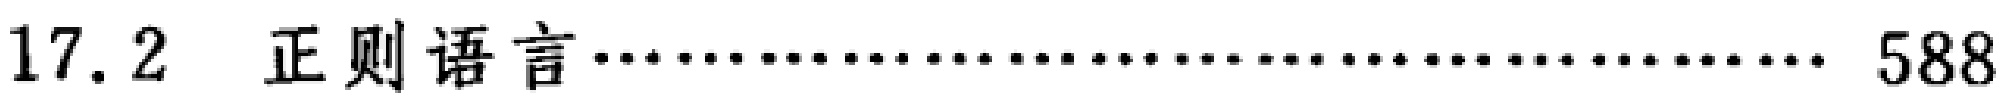
$\triangle ACB$中,有